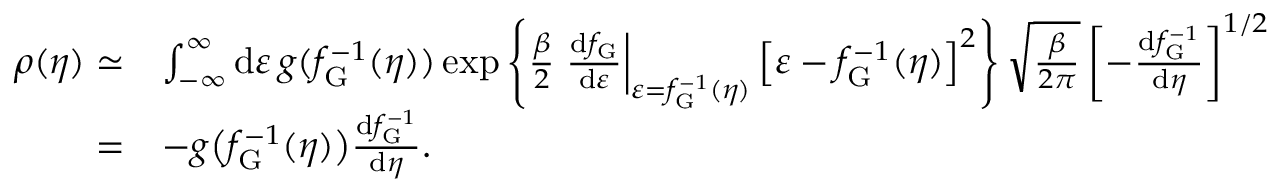
\begin{array} { r l } { \rho ( \eta ) \simeq } & { \int _ { - \infty } ^ { \infty } \mathrm { d } \varepsilon \, g ( f _ { \mathrm { G } } ^ { - 1 } ( \eta ) ) \exp \left\lbrace \frac { \beta } { 2 } \left. \frac { \mathrm { d } f _ { \mathrm { G } } } { \mathrm { d } \varepsilon } \right| _ { \varepsilon = f _ { \mathrm { G } } ^ { - 1 } ( \eta ) } \left[ \varepsilon - f _ { \mathrm { G } } ^ { - 1 } ( \eta ) \right] ^ { 2 } \right\rbrace \sqrt { \frac { \beta } { 2 \pi } } \left[ - \frac { \mathrm { d } f _ { \mathrm { G } } ^ { - 1 } } { \mathrm { d } \eta } \right] ^ { 1 / 2 } } \\ { = } & { - g \big ( f _ { \mathrm { G } } ^ { - 1 } ( \eta ) \big ) \frac { \mathrm { d } f _ { \mathrm { G } } ^ { - 1 } } { \mathrm { d } \eta } . } \end{array}